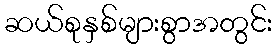
ဆယ်စုနှစ်များစွာအတွင်း